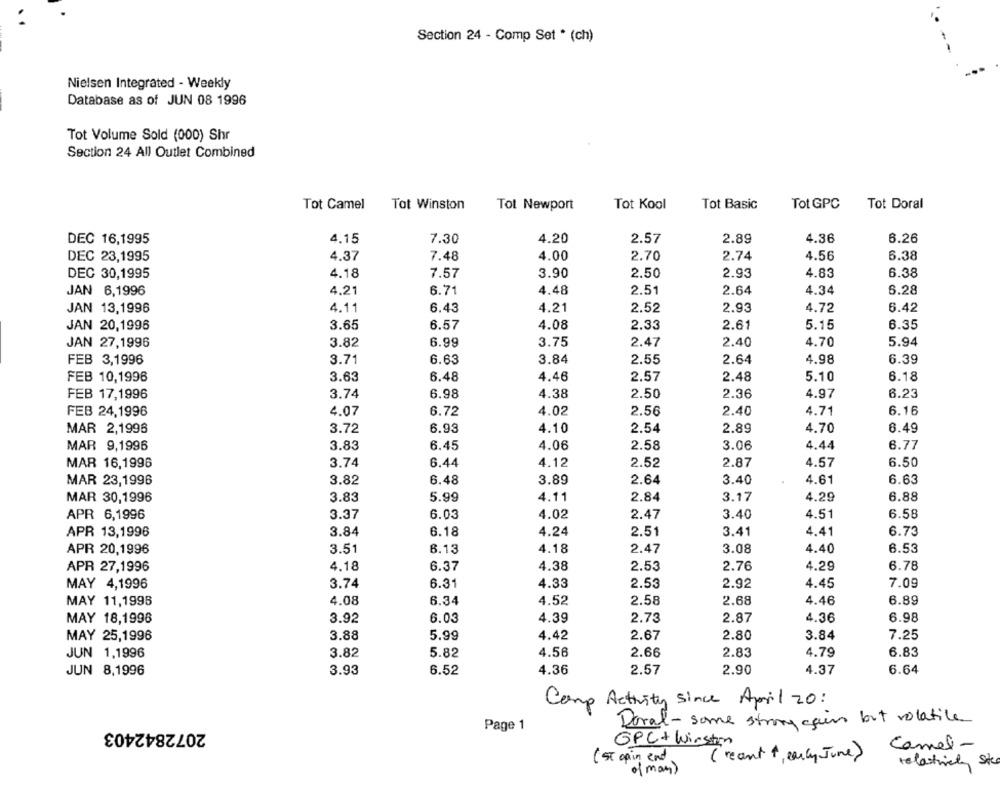
Section 24 - Comp Set * (ch)
Nielsen Integrated - Weekly
Database as of JUN 08 1996
Tot Volume Sold (000) Shr
Section 24 All Outlet Combined
Tot Camel
Tot Winston
Tot Kool
Tot Basic
Tot GPC
Tot Doral
Tot Newport
4.36
6.26
DEC 16,1995
4.15
7.30
4.20
2.57
2.89
DEC 23,1995
4.37
7.48
4.00
2.70
2.74
4.56
6.38
DEC 30,1995
4.18
7.57
3.90
2.50
2.93
4.83
6.38
JAN 6,1996
4.21
6.71
4.48
2.51
2.64
4.34
6.28
JAN 13,1996
4.11
6.43
4.21
2.52
2.93
4.72
6.42
3.65
4.08
2.33
JAN 20,1996
6.57
2.61
5.15
6.35
JAN 27,1996
3.82
6.99
3.75
2.47
2.40
4.70
5.94
FEB 3,1996
3.71
6.63
3.84
2.55
2.64
4.98
6.39
FEB 10,1996
3.63
6.48
4.46
2.57
2.48
5.10
6.18
FEB 17,1996
3.74
6.98
4.38
2.50
2.36
4.97
6.23
FEB 24,1996
4.07
6.72
4.02
2.56
2.40
4.71
6.16
4.70
MAR 2,1996
3.72
6.93
4.10
2.54
2.89
6.49
MAR 9,1996
3.83
6.45
4.06
2.58
3.06
4.44
6.77
MAR 16,1996
3.74
6.44
4.12
2.52
2.87
4.57
6.50
MAR 23,1996
3.82
6.48
3.89
2.64
3.40
4.61
6.63
MAR 30,1996
3.83
5.99
4.11
2.84
3.17
4.29
6.88
APR 6,1996
3.37
6.03
4.02
4.51
6.58
2.47
3.40
APR 13,1996
3.84
6.18
4.24
2.51
3.41
4.41
6.73
APR 20,1996
3.51
6.13
4.18
2.47
3.08
4.40
6.53
APR 27,1996
4.18
6.37
4.38
2.53
2.76
4.29
6.78
MAY 4,1996
3.74
6.31
4.33
2.53
2.92
4.45
7.09
MAY 11,1996
4.08
6.34
4.52
2.58
2.68
4.46
6.89
2.87
6.98
MAY 18,1996
3.92
6.03
4.39
2.73
4.36
MAY 25,1996
3.88
5.99
4.42
2.67
2.80
3.84
7.25
JUN 1,1996
3.82
5.82
4.56
2.66
2.83
4.79
6.83
JUN 8,1996
3.93
6.52
4.36
2.57
2.90
4.37
6.64
Comp Activity Since April 20:
2072842403
Page 1
Doral-some strong cain but volatile
GPC + Wirston
Camel-
( st opin end
( recant + early June)
relatively site
of man)